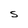
Character: S